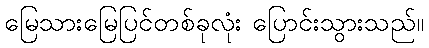
မြေသားမြေပြင်တစ်ခုလုံး ပြောင်းသွားသည်။